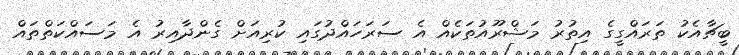
ބީޗާއެކު ތަރައްގީގެ އިތުރު މަޝްރޫއުތަކެއް އެ ސަރަހައްދުގައި ކުރިއަށް ގެންދާއިރު އެ މަސައްކަތްތައް